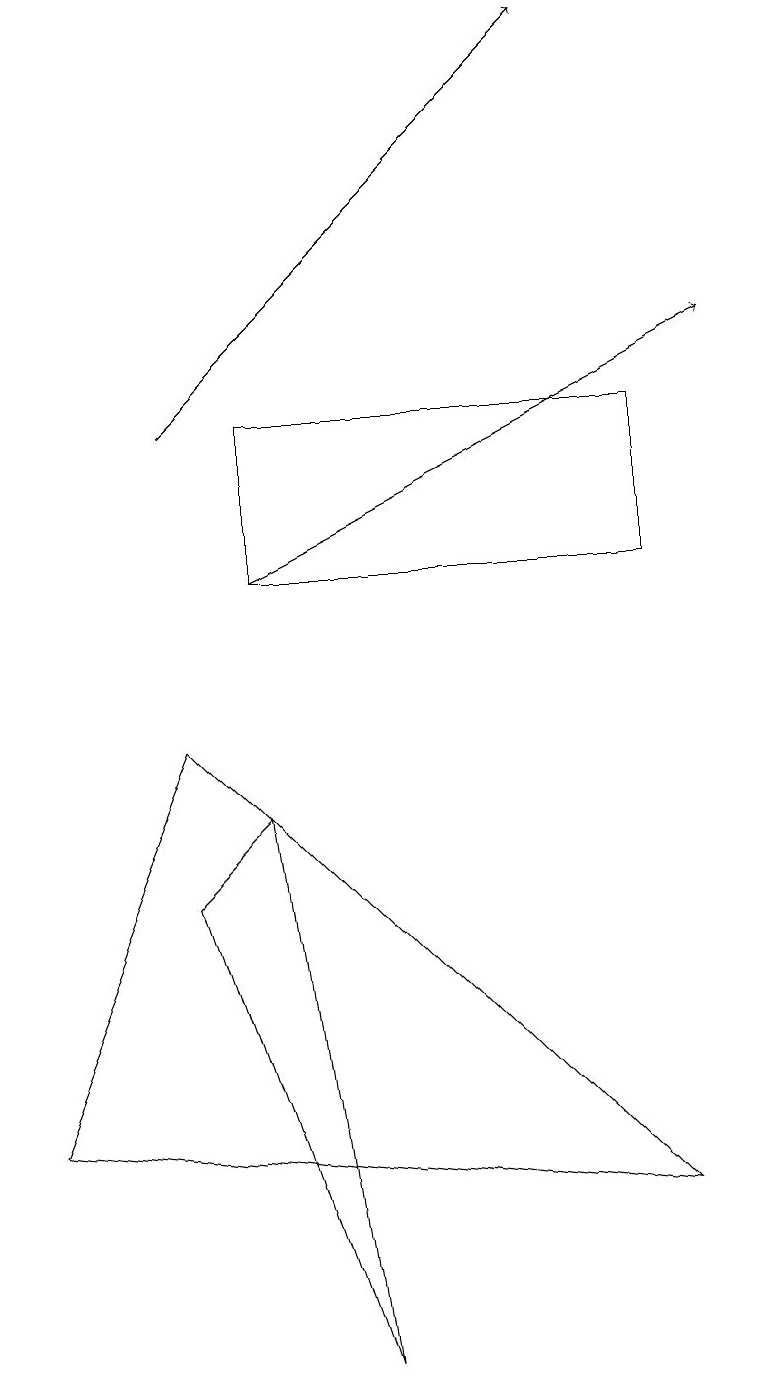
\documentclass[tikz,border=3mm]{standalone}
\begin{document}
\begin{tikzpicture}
\draw (4,0) -- (2,6) -- (3,7) -- cycle;
\draw[->] (3,10) -- (9,13);
\draw (8,10) rectangle (3,12);
\draw (2,8) -- (8,2) -- (0,3) -- cycle;
\draw[->] (2,12) -- (7,17);
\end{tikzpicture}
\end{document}